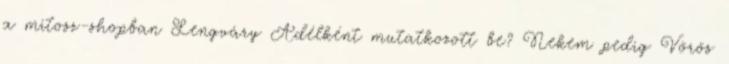
a mitosz-shopban Lengváry Adélként mutatkozott be? Nekem pedig Vörös